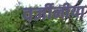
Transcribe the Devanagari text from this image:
वर्जीनीया